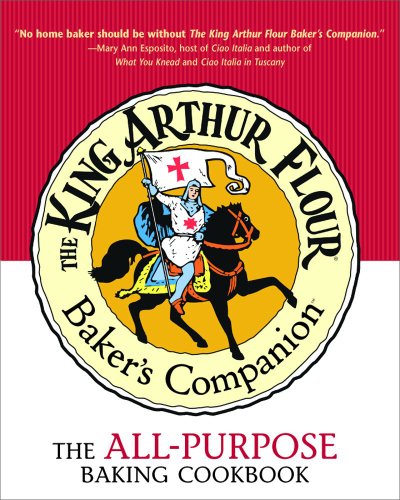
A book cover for The King Arthur Flour Baker's Companion: The All-Purpose Baking Cookbook A James Beard Award Winner (King Arthur Flour Cookbooks); King Arthur Flour; Cookbooks, Food & Wine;